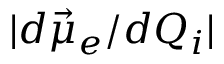
| d \vec { \mu } _ { e } / d Q _ { i } |